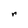
Character: r